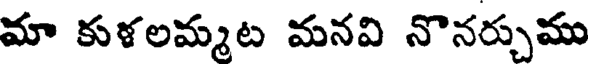
మా కుళలమ్మట మనవి నొనర్చుము